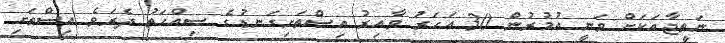
ނަތީޖާއަކަށް ވަނީ އުމުރުން 30 އަހަރު ވާއިރު އިސްތަށިގަނޑުގެ ސިއްހަތު ދެރަވެ އިސްތަށި